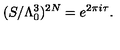
( S / \Lambda _ { 0 } ^ { 3 } ) ^ { 2 N } = e ^ { 2 \pi i \tau } .